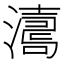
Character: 𤁟